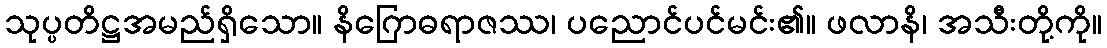
သုပ္ပတိဋ္ဌအမည်ရှိသော။ နိဂြောဓရာဇဿ၊ ပညောင်ပင်မင်း၏။ ဖလာနိ၊ အသီးတို့ကို။